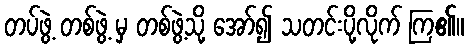
တပ်ဖွဲ့ တစ်ဖွဲ့ မှ တစ်ဖွဲ့သို့ အော်၍ သတင်းပို့လိုက် ကြ၏။